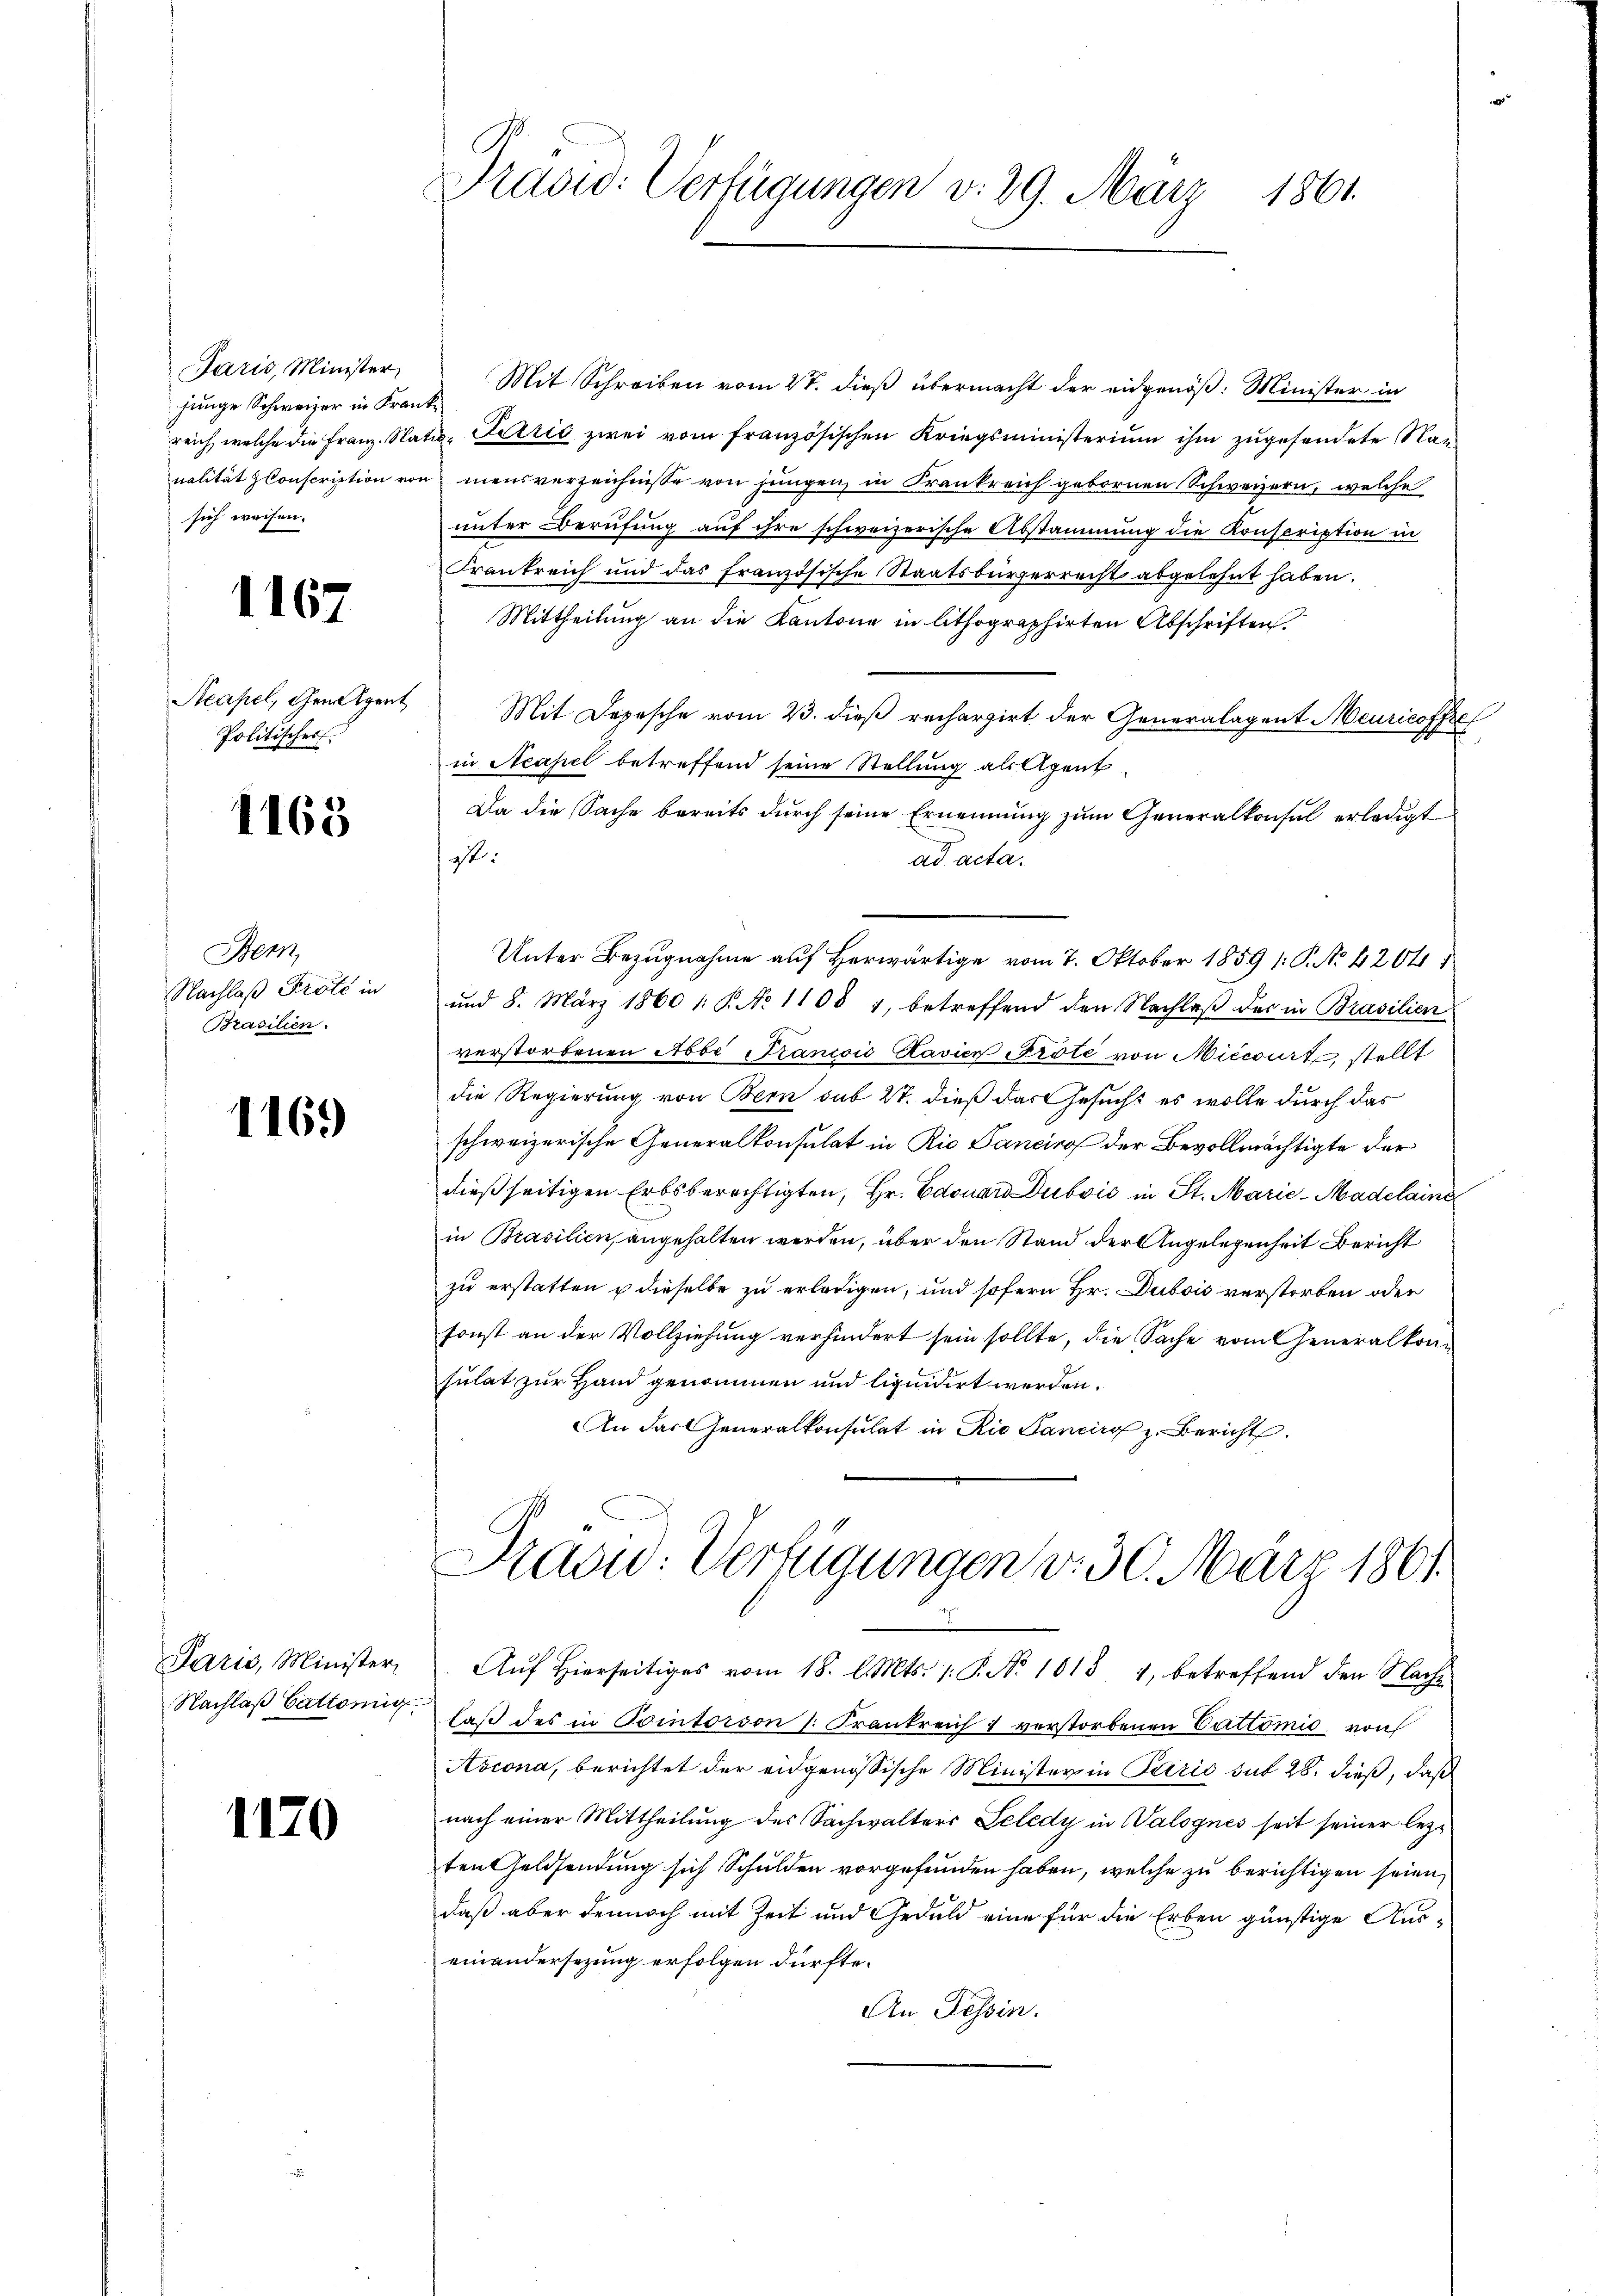
Paris, Minister
junge Schweizer in Frareich, welche die Franz. Na
nalität conscription von
sich weisen.

1167

Acapel, den Agent
Politisches

1165

Bern
Nachlaß Pröté in
Brasilien.

1169

Paris, Minister,
Nachlaß battönig

1170

Tradid: Verfügungen v. 29. März 1861.

Mit Schreiben vom 27. dieß übermacht der eidgenöß: Minister in
u
i. Lazić zwei vom französischen Kriegsministerium ihm zugesendete Nan
u mensverzeichnisse von jungen, in Krankreich gebornen Schweizern, welche
unter Berufung auf ihre schweizerische Abstammung die Konscription in
Frankreich und das französische Staatsbürgerrecht abgelehnt haben.
Mittheilung an die Kantone in lithographirten Abschriften.
Mit Depesche vom 23. dieß rechargirt der Generalagent Meuricoffe
in Neapel betreffend seine Stellung als Agent
Da die Sache bereits durch seine Ernennung zum Generalkonsul erledigt
st:
ad acta.
Unter Bezugnahme auf Herwärtige vom 7. Oktober 1859 1: P. No. 4204. 1
und 8. März 1860 /: P. No 1108, betreffend den Nachlaß der in Brasilien
verstorbenen Abbe Francoić Ravien Prote von Micciert, stellt
die Regierung von Bern sub 27. dieß das Gesucht es wolle durch das
schweizerische Generalkonsulat in Rio Bancirof der Bevollmächtigte der
dießseitigen Erbsberechtigten, Hr. Edouard Dubvić in St. Marie-Madelaine
in Brasilien, angehalten werden, über den Stand der Angelegenheit Bericht
zu erstatten u dieselbe zu erledigen, und sofern Hr. Dubois verstorben oder
sonst an der Vollziehung verhindert sein sollte, die Sache vom Generalkonsulat zur Hand genommen und liquidirt werden.
An das Generalkonsulat in Rio Sancirg z. Bericht
Prad: Verfügungen d. 30. März 1861
Auf hierseitiges vom 18. l. Mts. 1. P. No 1013 1, betreffend den Nache
laß des in Pointerson 1. Frankreich 1 verstorbenen Cattomie, von
Avcona, berichtet der eidgenössische Minister in Paris sub 28. dieß, daß
nach einer Mittheilung des Sachwalters Seledy in Walognes seit seiner lezten Geldsendung sich Schulden vorgefunden haben, welche zu berichtigen seien
daß aber dennoch mit Zeit und Geduld eine für die Erben günstige Auseinandersezung erfolgen dürfte.
An Tessin.